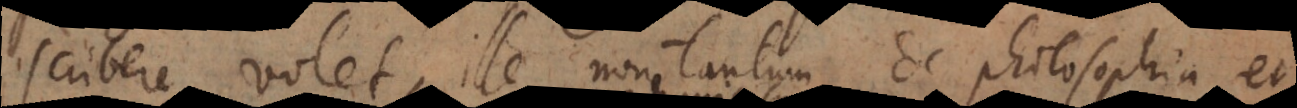
scribere volet, ille non tantum de philosophia, e